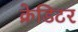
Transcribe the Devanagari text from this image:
क्रेडिटर